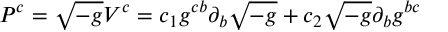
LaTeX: P ^ { c } = \sqrt { - g } V ^ { c } = c _ { 1 } g ^ { c b } \partial _ { b } \sqrt { - g } + c _ { 2 } \sqrt { - g } \partial _ { b } g ^ { b c }